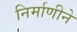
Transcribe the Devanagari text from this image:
निर्माणीने